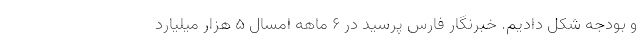
و بودجه شکل دادیم. خبرنگار فارس پرسید در ۶ ماهه امسال ۵ هزار میلیارد